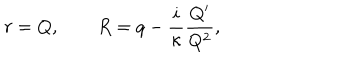
LaTeX: r = Q , \qquad R = q - \frac { i } { \kappa } \frac { Q ^ { \prime } } { Q ^ { 2 } } ,